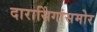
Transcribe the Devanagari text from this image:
दारासिंगांसमोर